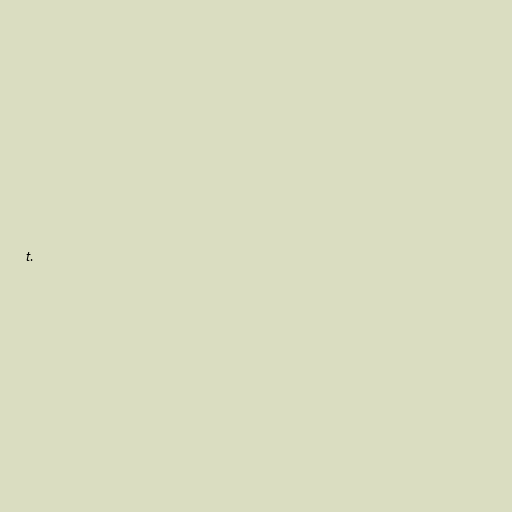
t.